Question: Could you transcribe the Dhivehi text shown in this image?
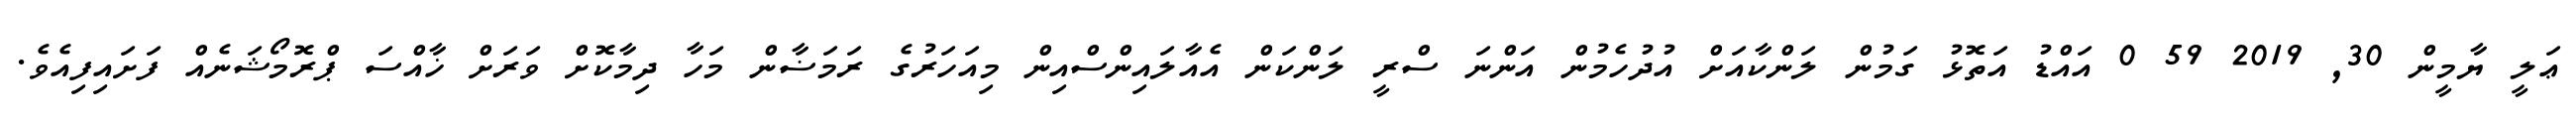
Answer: ޢަލީ ޔާމީން 30, 2019 59 0 އައްޑު އަތޮޅު ގަމުން ލަންކާއަށް އުދުހެމުން އަންނަ ސްރީ ލަންކަން އެއާލައިންސްއިން މިއަހަރުގެ ރަމަޟާން މަހާ ދިމާކޮށް ވަރަށް ޚާއްސަ ޕްރޮމޯޝަނެއް ފަށައިފިއެވެ.